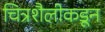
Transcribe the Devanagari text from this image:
चित्रशैलीकडून